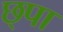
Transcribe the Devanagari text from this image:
छ्पा